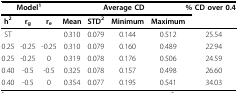
<table><thead><tr><td colspan="3"><b>Model<sup>1</sup></b></td><td colspan="4"><b>Average CD</b></td><td><b>% CD over 0.4</b></td></tr><tr><td><b>h<sup>2</sup></b></td><td><b>r<sub>g</sub></b></td><td><b>r<sub>e</sub></b></td><td><b>Mean</b></td><td><b>STD<sup>2</sup></b></td><td><b>Minimum</b></td><td><b>Maximum</b></td><td></td></tr></thead><tbody><tr><td>ST</td><td></td><td></td><td>0.310</td><td>0.079</td><td>0.144</td><td>0.512</td><td>25.54</td></tr><tr><td>0.25</td><td>-0.25</td><td>-0.25</td><td>0.310</td><td>0.079</td><td>0.160</td><td>0.489</td><td>22.94</td></tr><tr><td>0.25</td><td>-0.25</td><td>0</td><td>0.319</td><td>0.078</td><td>0.176</td><td>0.506</td><td>24.59</td></tr><tr><td>0.40</td><td>-0.5</td><td>-0.5</td><td>0.325</td><td>0.078</td><td>0.157</td><td>0.498</td><td>26.60</td></tr><tr><td>0.40</td><td>-0.5</td><td>0</td><td>0.354</td><td>0.077</td><td>0.195</td><td>0.541</td><td>34.03</td></tr></tbody></table>